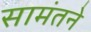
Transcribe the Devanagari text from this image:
सामंतने